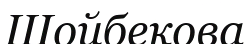
Шойбекова